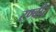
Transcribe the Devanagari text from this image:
रण्बीर